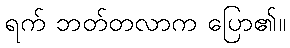
ရက် ဘတ်တလာက ပြော၏။